Cholera in southern India
Disease focus: Cholera
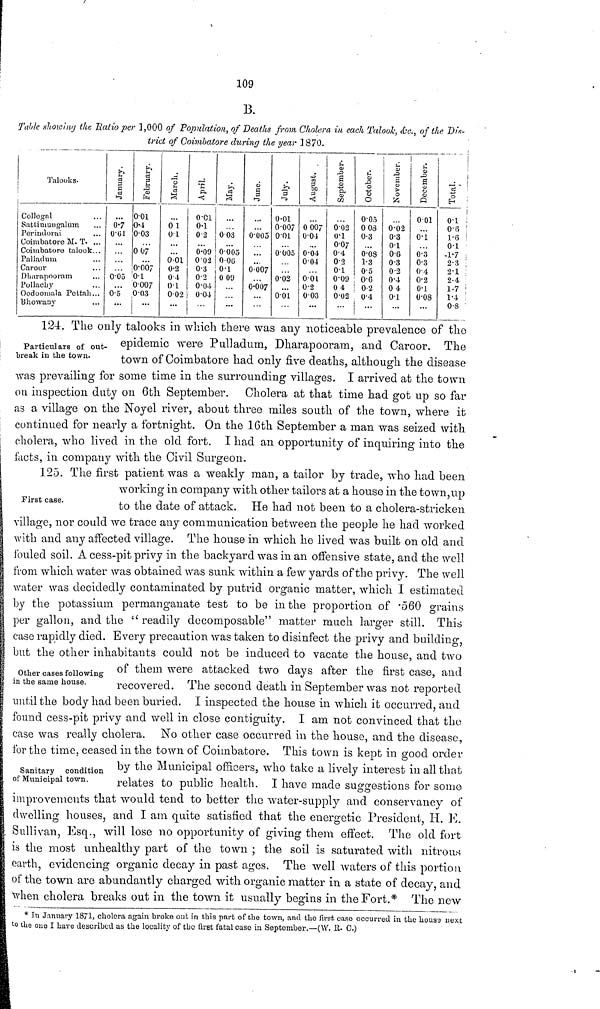
109
B.
Table sliowing the Ratio per 1,000 of Population, of Deaths from Cholera in, each Talook, &c., of the Dis-
trict of Coimbatore during the year ] 870.
Talooks.
Collegal
Sattimuugalum
Perindorai
Coimbatore M. T. ...
Coimbabore talook...
Palladum
Caroor
Dlmrapooram
Pollachy
Oodoomala Pcttali...
Bhowany
January
0.61
0.05
0.5
February.
001
0.4
0.03
0 07
0.007
0.l
0007
003
0 1
0.1
0.01
0.2
0.4
0.1
002
April
0.01
0.1
02
0.09
002
0.3
0.2
0.04
0.04
May
003
0005
0.06
0.1
0 09
June
0.005
• • .
0.007
0.007
0.01
0.007
001
0.005
0.02
...
0.01
August.
0 007
0.04
0.04
004
0.01
0.2
003
September.
002
0.1
0.07
0.4
0.2
0.1
0.09
0 4
0.02
October.
0.05
0 03
0.3
0.08
1.3
0.5
0.6
0.2
0.4
November.
0.02
0.3
01
0.6
0 3
0.2
0.4
04
0.1
December.
001
0.1
0.3
0.3
0.4
0.2
0.1
0.08
Total
0.1
0.6
1.6
0.1
1.7
2.3
2.1
2.4
1.7
1.4
0.8
Particulars of out-
break in the town.
124. The only talooks in which there was any noticeable prevalence of the
epidemic were Pulladum, Dharapooram, and Caroor. The
town of Coimbatore had only five deaths, although the disease
was prevailing for some time in the surrounding villages. I arrived at the town
on inspection duty on 6th September. Cholera at that time had got up so far
as a village on the Noyel river, about three miles south of the town, where it
continued for nearly a fortnight. On the 16th September a man was seized with
cholera, who lived in the old fort. I had an opportunity of inquiring into the
facts, in company with the Civil Surgeon.
First case.
125. The first patient was a weakly man, a tailor by trade, who had been
working in company with other tailors at a house in the town,up
to the date of attack. He had not been to a cholera-stricken
village, nor could we trace any communication between the people he had worked
with and any affected village. The house in which he lived was built on old and
fouled soil. A cess-pit privy in the backyard was in an offensive state, and the well
from which water was obtained was sunk within a few yards of the privy. The well
water was decidedly contaminated by putrid organic matter, which I estimated
by the potassium permanganate test to be in the proportion of .560 grains
per gallon, and the " readily decomposable" matter much larger still. This
case rapidly died. Every precaution was taken to disinfect the privy and building,
but the other inhabitants could not be induced to vacate the house, and two
Other cases following
in the same house.
of them were attacked two days after the first case, and
recovered. The second death in September was not reported
until the body had been buried. I inspected the house in which it occurred, and
found cess-pit privy and well in close contiguity. I am not convinced that the
case was really cholera. No other case occurred in the house, and the disease,
for the time, ceased in the town of Coimbatore. This town is kept in good order
Sanitary condition
of Municipal town.
by the Municipal officers, who take a lively interest in all that
relates to public health. I have made suggestions for some
improvements that would tend to better the water-supply and conservancy of
dwelling houses, and I am quite satisfied that the energetic President, II. E.
Sullivan, Esq., will lose no opportunity of giving them effect. The old fort
is the most unhealthy part of the town ; the soil is saturated with nitrous
earth, evidencing organic decay in past ages. The well waters of this portion
of the town are abundantly charged with organic matter in a state of decay, and
when cholera breaks out in the town it usually begins in the Fort.* The new
* In January 1871, cholera again broke out in this part of the town, and the first case occurred in the houss next
to the one I have described as the locality of the first fatal case in September.—(W. R. C.)